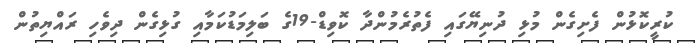
ކުރީކޮޅުން ފެށިގެން މުޅި ދުނިޔޭގައި ފެތުރެމުންދާ ކޮވިޑް-19ގެ ބަލިމަޑުކަމާއި ގުޅިގެން ދިވެހި ރައްޔިތުން